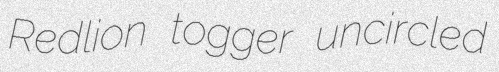
Redlion togger uncircled